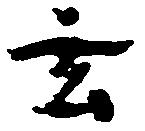
玄